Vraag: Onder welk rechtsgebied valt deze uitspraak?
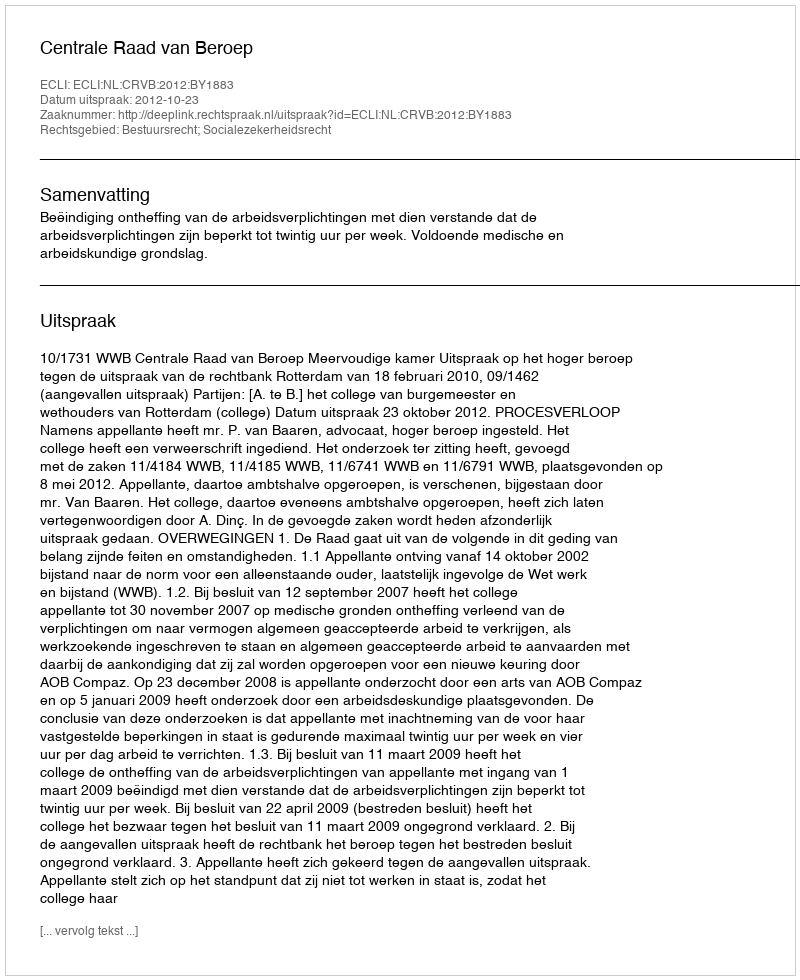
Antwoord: Bestuursrecht; Socialezekerheidsrecht